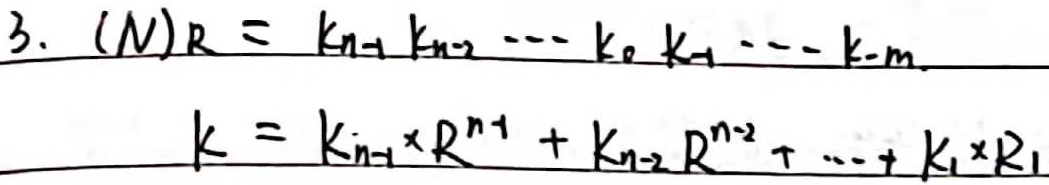
$(N)_R = k_{n - 1}k_{n - 2}\cdots k_0k_{-1}\cdots k_{-m}$，$k=k_{n - 1}\times R^{n - 1}+k_{n - 2}R^{n - 2}+\cdots +k_1\times R^1$